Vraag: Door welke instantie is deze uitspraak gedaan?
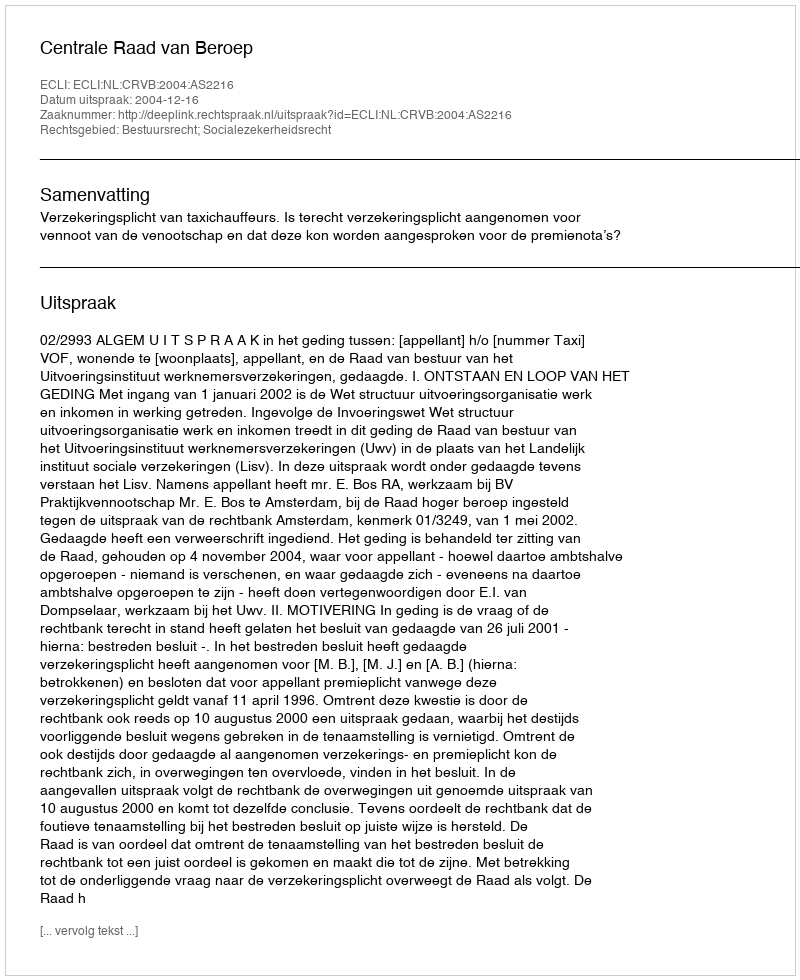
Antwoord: Centrale Raad van Beroep